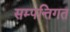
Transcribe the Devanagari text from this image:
सम्पत्तिगत